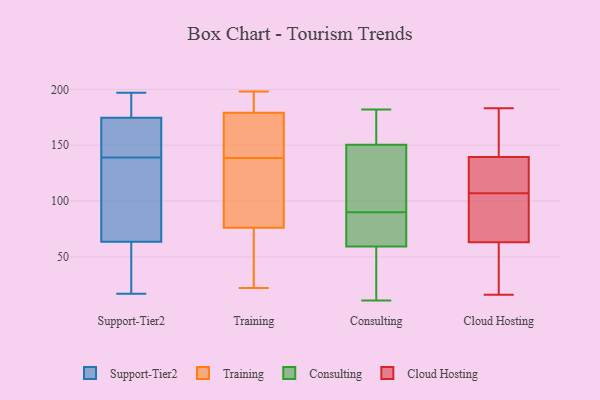
{"axis": {"x": "Production Output", "y": "Value"}, "legend": ["Cloud Hosting", "Consulting", "Support-Tier2", "Training"], "data": [{"x": "", "y": 150, "type": "Support-Tier2"}, {"x": "", "y": 166, "type": "Support-Tier2"}, {"x": "", "y": 63, "type": "Support-Tier2"}, {"x": "", "y": 135, "type": "Support-Tier2"}, {"x": "", "y": 197, "type": "Support-Tier2"}, {"x": "", "y": 192, "type": "Support-Tier2"}, {"x": "", "y": 140, "type": "Support-Tier2"}, {"x": "", "y": 64, "type": "Support-Tier2"}, {"x": "", "y": 190, "type": "Support-Tier2"}, {"x": "", "y": 194, "type": "Support-Tier2"}, {"x": "", "y": 17, "type": "Support-Tier2"}, {"x": "", "y": 183, "type": "Support-Tier2"}, {"x": "", "y": 24, "type": "Support-Tier2"}, {"x": "", "y": 143, "type": "Support-Tier2"}, {"x": "", "y": 104, "type": "Support-Tier2"}, {"x": "", "y": 147, "type": "Support-Tier2"}, {"x": "", "y": 17, "type": "Support-Tier2"}, {"x": "", "y": 55, "type": "Support-Tier2"}, {"x": "", "y": 138, "type": "Support-Tier2"}, {"x": "", "y": 132, "type": "Support-Tier2"}, {"x": "", "y": 188, "type": "Training"}, {"x": "", "y": 179, "type": "Training"}, {"x": "", "y": 76, "type": "Training"}, {"x": "", "y": 22, "type": "Training"}, {"x": "", "y": 137, "type": "Training"}, {"x": "", "y": 127, "type": "Training"}, {"x": "", "y": 45, "type": "Training"}, {"x": "", "y": 198, "type": "Training"}, {"x": "", "y": 151, "type": "Training"}, {"x": "", "y": 49, "type": "Training"}, {"x": "", "y": 189, "type": "Training"}, {"x": "", "y": 173, "type": "Training"}, {"x": "", "y": 53, "type": "Training"}, {"x": "", "y": 127, "type": "Training"}, {"x": "", "y": 196, "type": "Training"}, {"x": "", "y": 140, "type": "Training"}, {"x": "", "y": 125, "type": "Training"}, {"x": "", "y": 140, "type": "Training"}, {"x": "", "y": 182, "type": "Consulting"}, {"x": "", "y": 153, "type": "Consulting"}, {"x": "", "y": 55, "type": "Consulting"}, {"x": "", "y": 90, "type": "Consulting"}, {"x": "", "y": 99, "type": "Consulting"}, {"x": "", "y": 73, "type": "Consulting"}, {"x": "", "y": 48, "type": "Consulting"}, {"x": "", "y": 90, "type": "Consulting"}, {"x": "", "y": 143, "type": "Consulting"}, {"x": "", "y": 11, "type": "Consulting"}, {"x": "", "y": 166, "type": "Consulting"}, {"x": "", "y": 176, "type": "Consulting"}, {"x": "", "y": 182, "type": "Consulting"}, {"x": "", "y": 80, "type": "Consulting"}, {"x": "", "y": 15, "type": "Consulting"}, {"x": "", "y": 72, "type": "Consulting"}, {"x": "", "y": 109, "type": "Consulting"}, {"x": "", "y": 117, "type": "Consulting"}, {"x": "", "y": 36, "type": "Consulting"}, {"x": "", "y": 135, "type": "Cloud Hosting"}, {"x": "", "y": 16, "type": "Cloud Hosting"}, {"x": "", "y": 66, "type": "Cloud Hosting"}, {"x": "", "y": 171, "type": "Cloud Hosting"}, {"x": "", "y": 62, "type": "Cloud Hosting"}, {"x": "", "y": 107, "type": "Cloud Hosting"}, {"x": "", "y": 123, "type": "Cloud Hosting"}, {"x": "", "y": 19, "type": "Cloud Hosting"}, {"x": "", "y": 103, "type": "Cloud Hosting"}, {"x": "", "y": 141, "type": "Cloud Hosting"}, {"x": "", "y": 183, "type": "Cloud Hosting"}]}